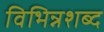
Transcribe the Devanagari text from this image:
विभिन्नशब्द